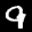
Label: 9